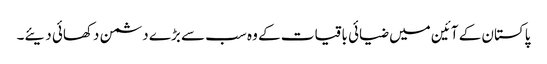
پاکستان کے آئین میں ضیائی باقیات کے وہ سب سے بڑے دشمن دکھائی دیئے۔